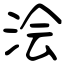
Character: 浍